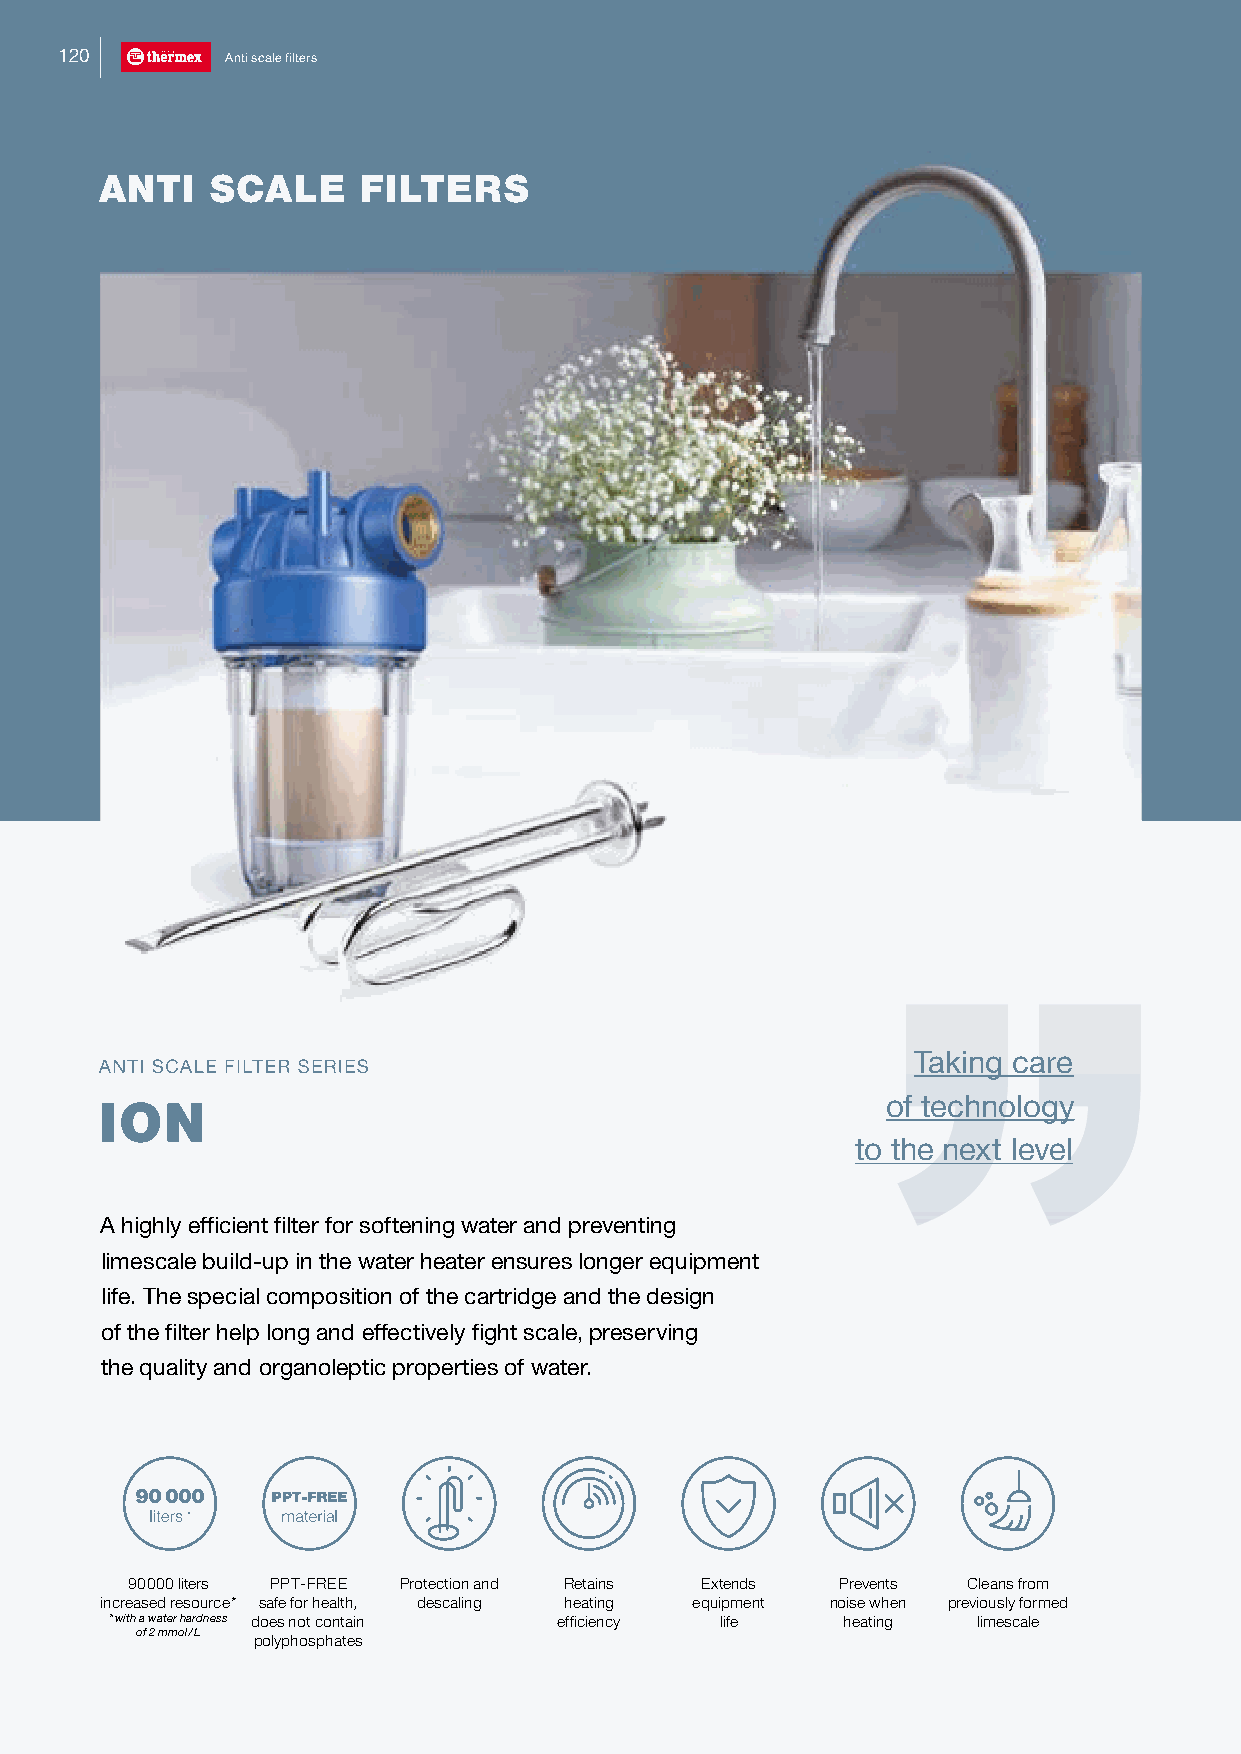
120        Anti scale filters
 ANTI   SCALE     FILTERS
 Taking care
 AANNTTII SSCCAALLEE FFIILLTTEERR SSEERRIIEESS
 of technology
 ION
 to the next level
 A highly efficient filter for softening water and preventing
 limescale build-up in the water heater ensures longer equipment
 life. The special composition of the cartridge and the design
 of the filter help long and effectively fight scale, preserving
 the quality and organoleptic properties of water.
 90000 liters PPT-FREE Protection and Retains Extends Prevents Cleans from
 increased resource* safe for health, descaling heating equipment noise when previously formed
 * with a water hardness does not contain efficiency life heating limescale
 of 2 mmol / L
 polyphosphates